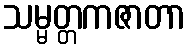
သမ္မတ္တကဇာတာ